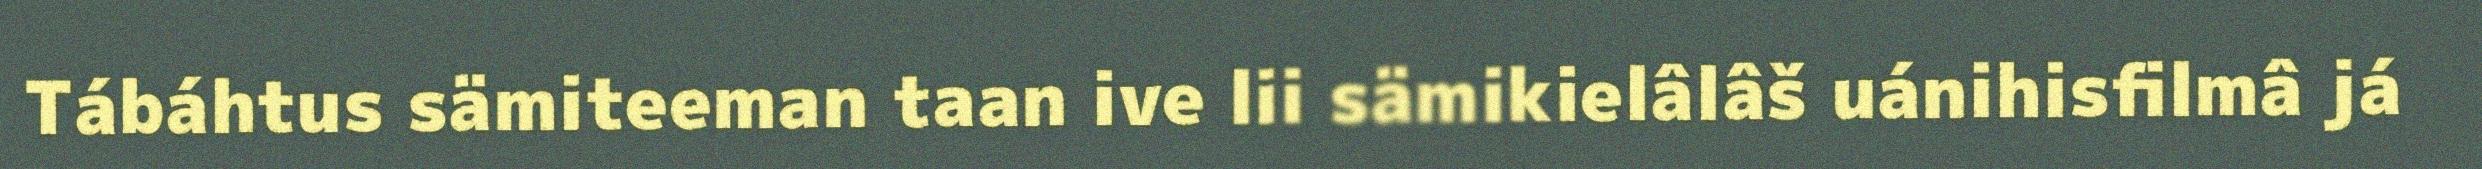
Tábáhtus sämiteeman taan ive lii sämikielâlâš uánihisfilmâ já